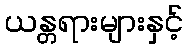
ယန္တရားများနှင့်